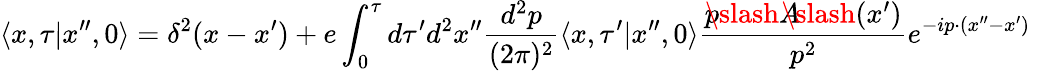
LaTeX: \langle x,\tau\vert x^{\prime\prime},0\rangle=\delta^{2}(x-x^{\prime})+e\int_{0}^{\tau}d\tau^{\prime}d^{2}x^{\prime\prime}{\frac{d^{2}p}{(2\pi)^{2}}}\langle x,\tau^{\prime}\vert x^{\prime\prime},0\rangle{\frac{p\! \! \! \slash A\! \! \! \! \slash(x^{\prime})}{p^{2}}}e^{-ip\cdot(x^{\prime\prime}-x^{\prime})}\; \;